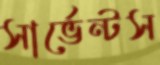
সার্ভেন্টস